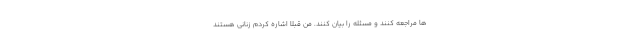
ها مراجعه کنند و مسئله را بیان کنند. من قبلاً اشاره کردم زنانی هستند